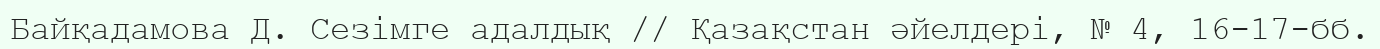
Байқадамова Д. Сезімге адалдық // Қазақстан әйелдері, № 4, 16-17-бб.